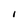
Character: I